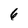
Character: 6